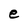
Character: e